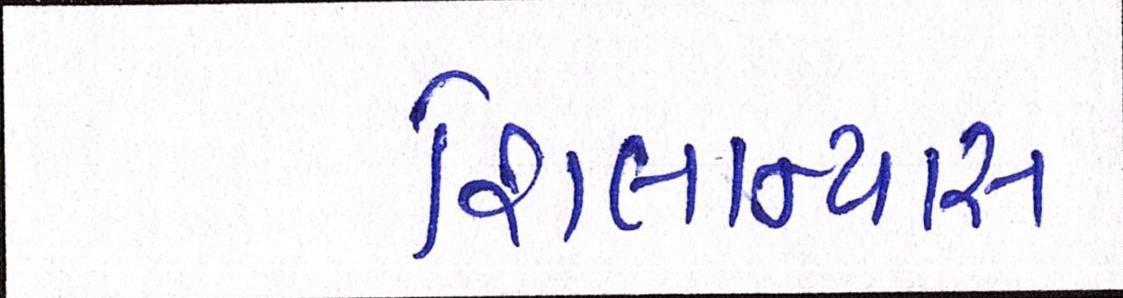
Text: શિલાન્યાસ